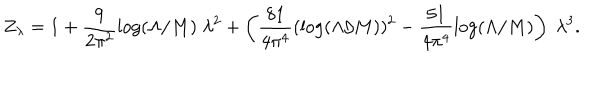
Z _ { \lambda } = 1 + \frac { 9 } { 2 \pi ^ { 2 } } \log ( \Lambda / M ) \; \lambda ^ { 2 } + \left( \frac { 8 1 } { 4 \pi ^ { 4 } } ( \log ( \Lambda / M ) ) ^ { 2 } - \frac { 5 1 } { 4 \pi ^ { 4 } } \log ( \Lambda / M ) \right) \; \lambda ^ { 3 } .